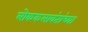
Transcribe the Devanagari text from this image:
लोककलावंतांच्या